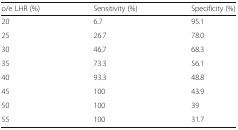
<table><thead><tr><td><b>o/e LHR (%)</b></td><td><b>Sensitivity (%)</b></td><td><b>Specificity (%)</b></td></tr></thead><tbody><tr><td>20</td><td>6.7</td><td>95.1</td></tr><tr><td>25</td><td>26.7</td><td>78.0</td></tr><tr><td>30</td><td>46.7</td><td>68.3</td></tr><tr><td>35</td><td>73.3</td><td>56.1</td></tr><tr><td>40</td><td>93.3</td><td>48.8</td></tr><tr><td>45</td><td>100</td><td>43.9</td></tr><tr><td>50</td><td>100</td><td>39</td></tr><tr><td>55</td><td>100</td><td>31.7</td></tr></tbody></table>